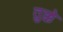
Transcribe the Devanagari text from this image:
तुक्के